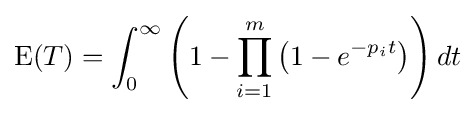
\operatorname {E} (T)=\int _{0}^{\infty }\left(1-\prod _{i=1}^{m}\left(1-e^{-p_{i}t}\right)\right)dt